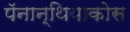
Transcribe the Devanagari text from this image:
पॅनान्थियाकोस